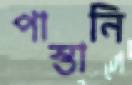
পাস্তানি